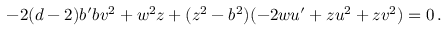
- 2 ( d - 2 ) b ^ { \prime } b v ^ { 2 } + w ^ { 2 } z + ( z ^ { 2 } - b ^ { 2 } ) ( - 2 w u ^ { \prime } + z u ^ { 2 } + z v ^ { 2 } ) = 0 \, .